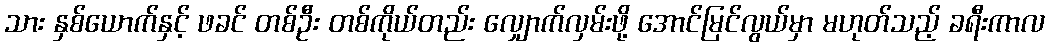
သား နှစ်ယောက်နှင့် ဖခင် တစ်ဦး တစ်ကိုယ်တည်း လျှောက်လှမ်းဖို့ အောင်မြင်လွယ်မှာ မဟုတ်သည့် ခရီးကာလ